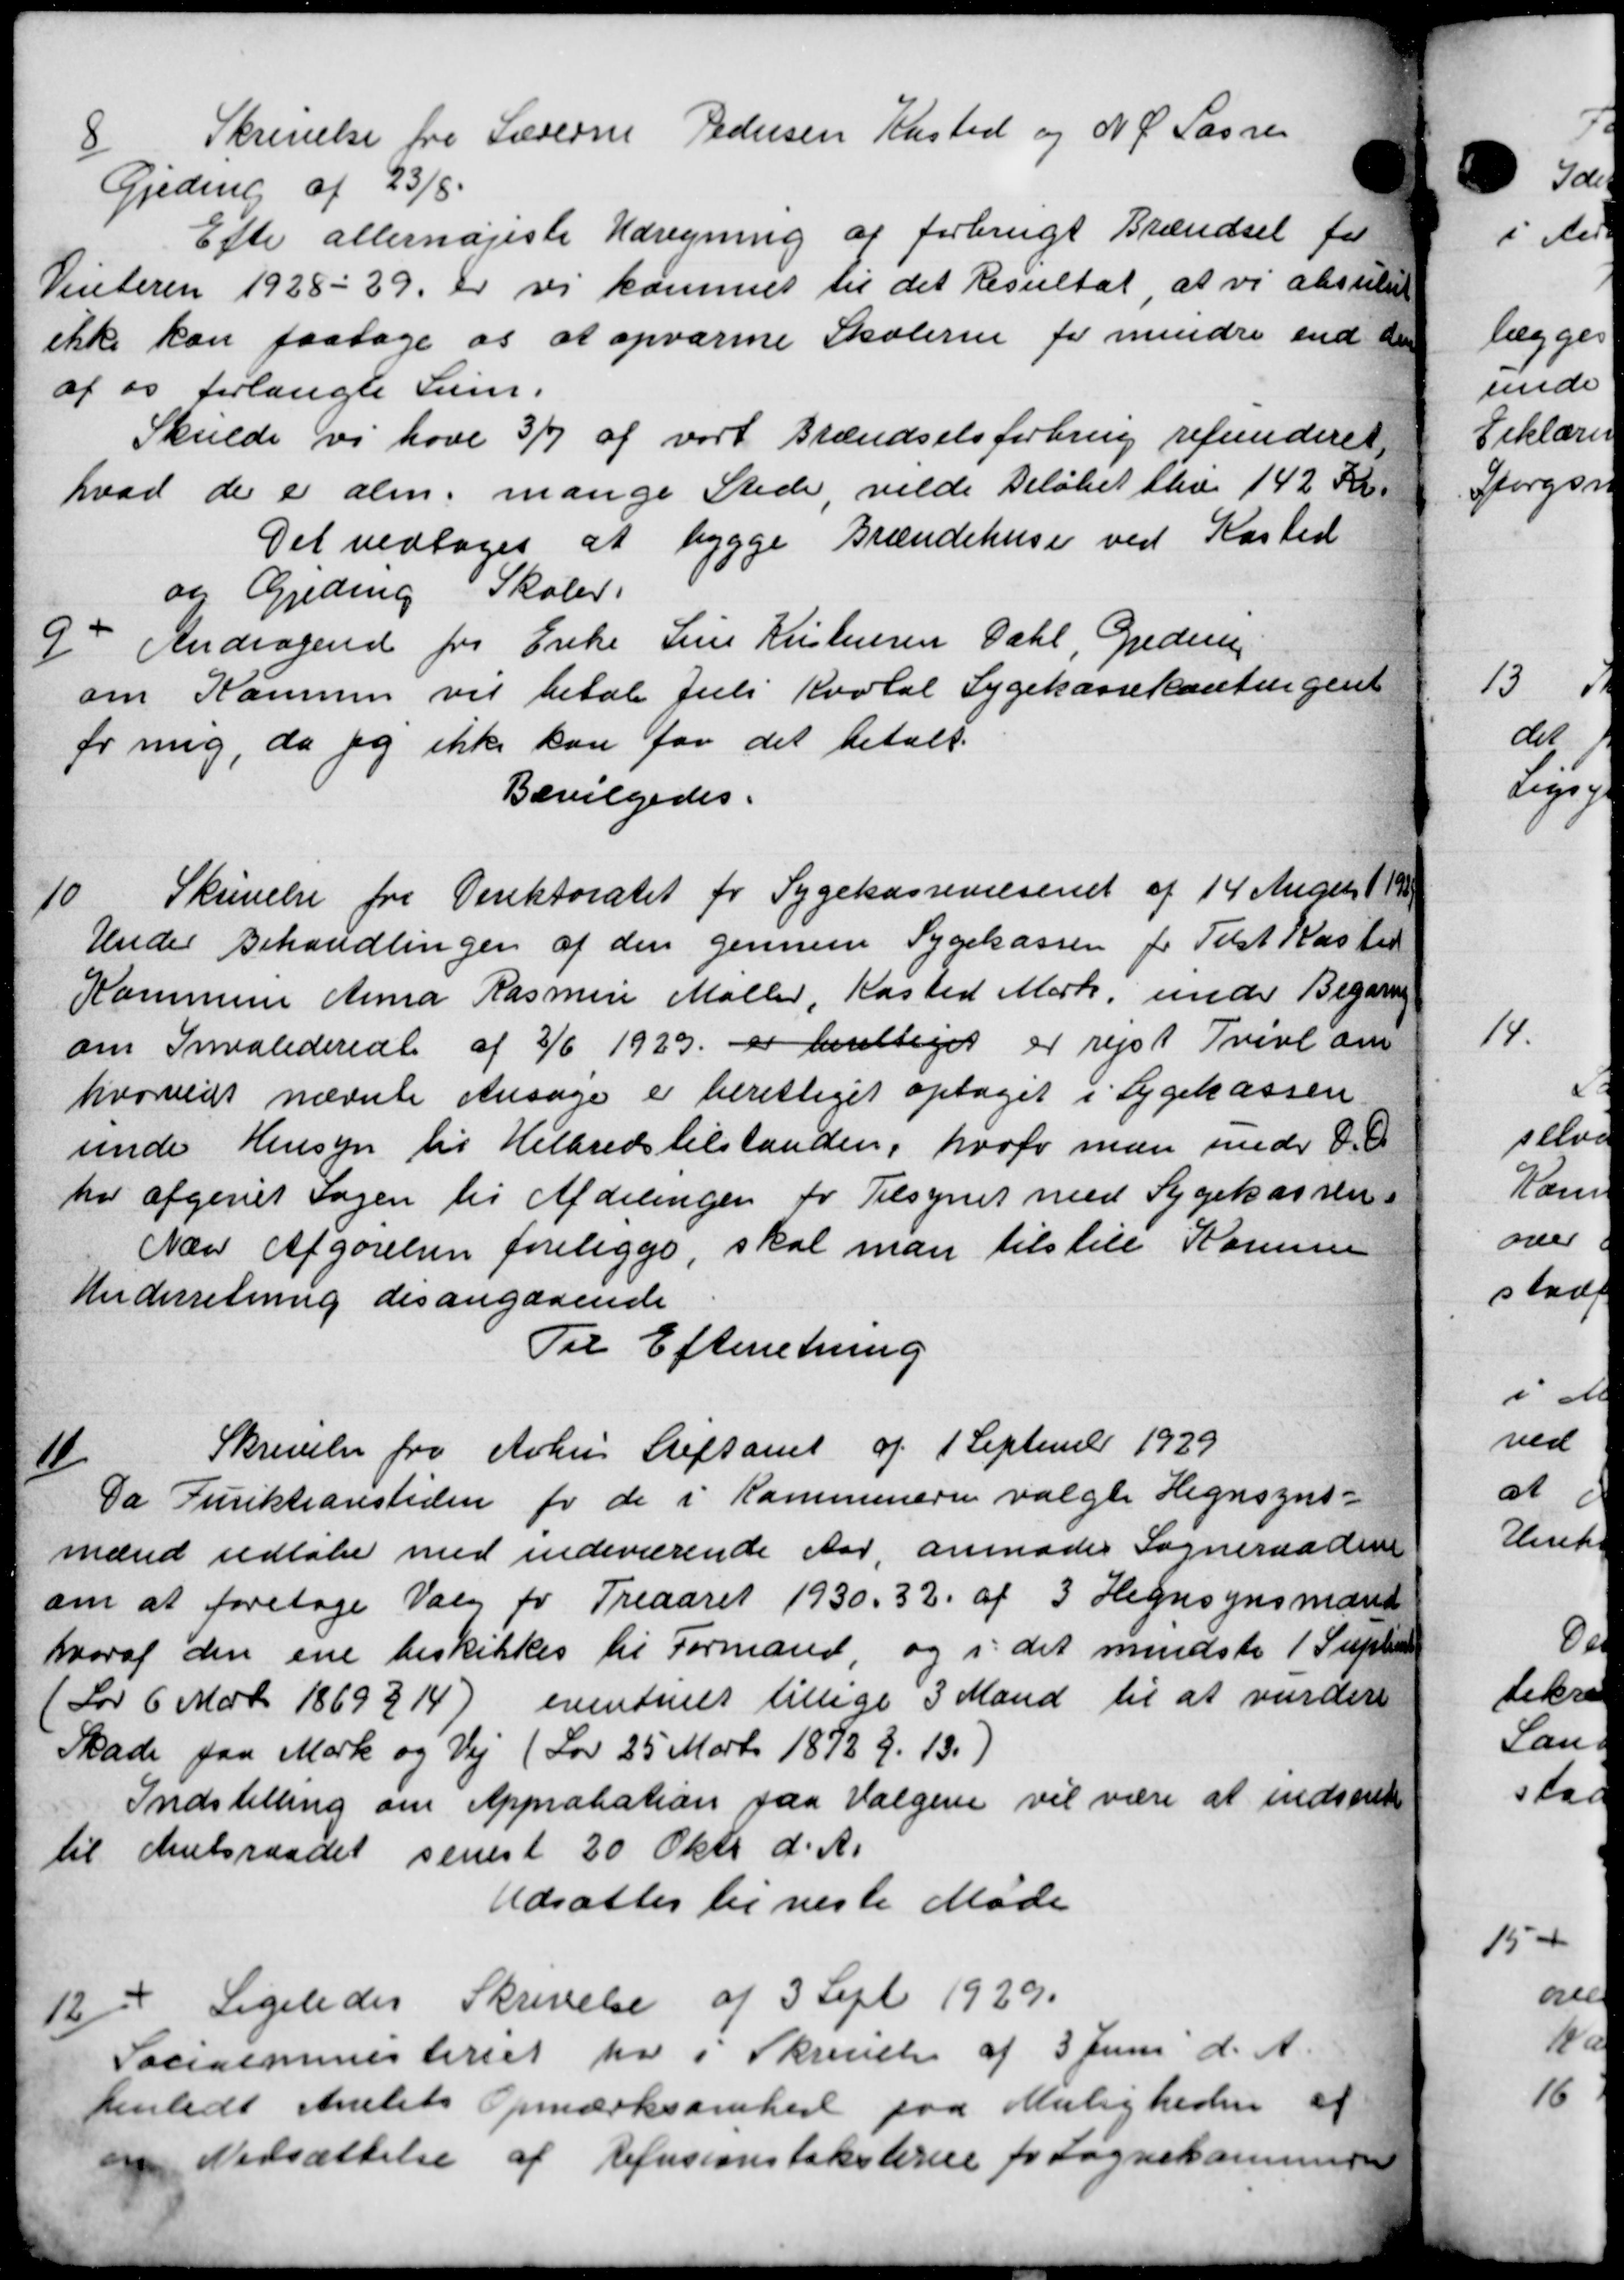
Transskription:
8
Skrivelse fra Lærerne Pedersen Kasted og N. P. Lassen
Gjeding af 23/5
Efter allernøjeste Udregning af forbrugt Brændsel for
Vinteren 1928-29 er vi kommet til det Resultat, at vi ansule
ikke kan paatage os at opvarme Skolerne for mindre end de
af os forlangte Sum.
Skulde vi høve 3/7 af vort Brændselsforbrug refunderet,
hvad de er alm. mange Stede, vilde Beløbet blev 142 Kr.
Det vedtoges at bygge Grændehuse ved Kasted
og Gjeding Skoler.
9
Andragende fra Enke Sine Kristensen Dahl, Greder
om Kommun vil betale Juli Kvotal Sygekassekontingent
for mig, da jeg ikke kan for det betalt.
Bevilgedes.
10
Skrivelse fra Direktoratet for Sygekassevæsenet af 14 August 191
Under Behandlingen af den gennem Sygekassen for Tilst Kasted
Kommune Anna Rasmus Møller, Kasted Mark, under Begæring
om Invaliderente af 3/6 1929 er berettiget er rejst Tvivl om
hvorved nævnte Ansøge er berettiget optaget i Sygekassen
under Hensyn til Helbredstilstanden, hvofo man under O.
har afgivet Sagen til Afdelingen for Tilsynet med Sygekassen.
Næve Afgørelsen foreligge, skal man tilstill Kommune
Underretning des angaaende
Til Efterretning
11/
Skrivelse fra Århus Stiftamt af 1 Septemb 1929
Da Direktionstiden for de i Kommunerne valgte Hegnsyns-
mænd udløbe med indeværende Aar, anmoder Sogneraaden
om at foretage Valg for Treaaret 1930. 32. af 3 Hegnsynsmænd
hvoraf den ene beskikkes til Formand, og i det mindste 1 Supler
(Lov 6 Marts 1869314) eventuelt tillige 3 Mand til at vurdere
Skade paa Mark og Vej (Lov 25 Marts 1872 § 13)
Indstilling om Approbation paa Vælgere vil være at indstil
til Amtsraadet senest 20 Oktb d. A.
Udsattes til næste Møde
12
Ligeledes Skrivelse af 3 Sept 1929.
Socialministeriet hr i Skrivelse af 3 Juni d. A.
henledt Amtets Opmærksomhed paa Muligheden af
om Nedsættelse af Refusionstaksterne for Sognekommis